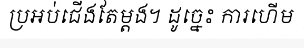
ប្រអប់ជើងតែម្តង។ ដូច្នេះ ការហើម